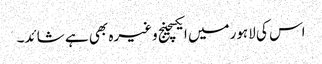
اس کی لاہورمیں ایکسچینج وغیرہ بھی ہے شائد۔